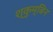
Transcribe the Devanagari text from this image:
श्कुम्बिन